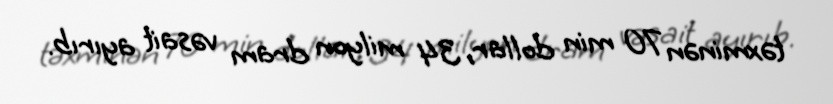
təxminən 70 min dollar, 34 milyon dram vəsait ayırıb.